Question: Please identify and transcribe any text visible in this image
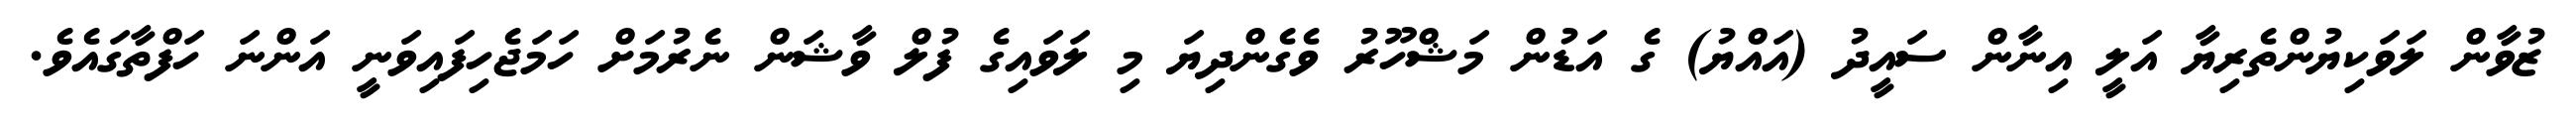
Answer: ޒުވާން ލަވަކިޔުންތެރިޔާ އަލީ އިނާން ސައީދު (އައްޔު) ގެ އަޑުން މަޝްހޫރު ވެގެންދިޔަ މި ލަވައިގެ ފުލް ވާޝަން ނެރުމަށް ހަމަޖެހިފައިވަނީ އަންނަ ހަފްތާގައެވެ.